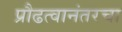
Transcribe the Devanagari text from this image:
प्रौढत्वानंतरचा